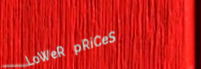
LoWeR pRiCeS